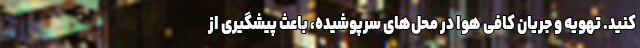
کنید. تهویه و جریان کافی هوا در محل‌های سرپوشیده، باعث پیشگیری از